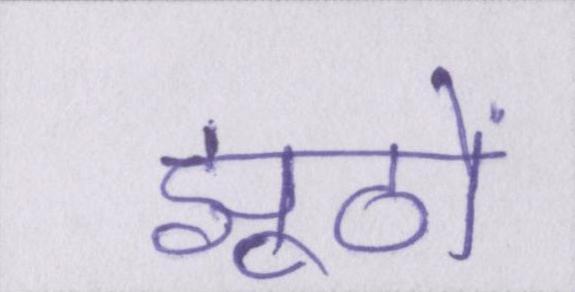
झूठों